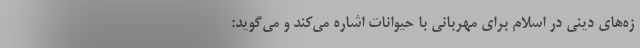
زه‌های دینی در اسلام برای مهربانی با حیوانات اشاره می‌کند و می‌گوید: